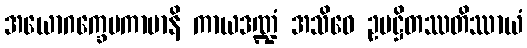
အယောဂက္ခေမကာမာနိ ကာယဒဏ္ဍံ အသိဝေ ဥပဋ္ဌိတဿတိဿာယံ